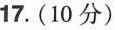
17.(10分)